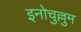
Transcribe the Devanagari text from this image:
इनोचुल्लुम